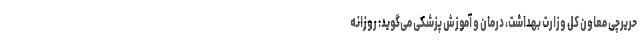
حریرچی معاون کل وزارت بهداشت، درمان و آموزش پزشکی می‌گوید: روزانه